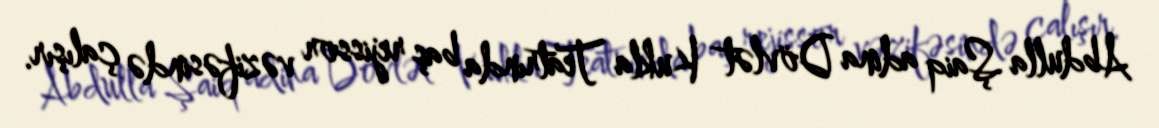
Abdulla Şaiq adina Dövlət Kukla Teatrında baş rejissor vəzifəsində çalışır.